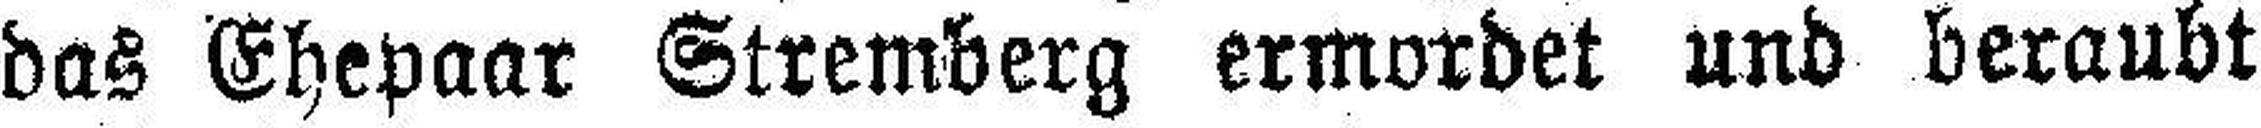
das Ehepaar Stremberg ermordet und beraubt